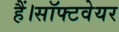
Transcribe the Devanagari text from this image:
हैं।सॉफ्टवेयर